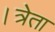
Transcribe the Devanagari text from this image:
।त्रेता